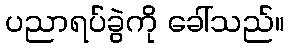
ပညာရပ်ခွဲကို ခေါ်သည်။